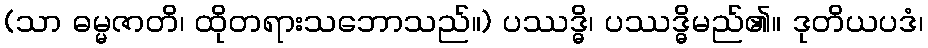
(သာ ဓမ္မဇာတိ၊ ထိုတရားသဘောသည်။) ပဿဒ္ဓိ၊ ပဿဒ္ဓိမည်၏။ ဒုတိယပဒံ၊